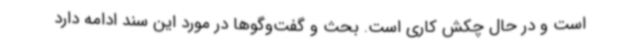
است و در حال چکش کاری است. بحث و گفت‌وگوها در مورد این سند ادامه دارد